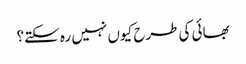
بھائی کی طرح کیوں نہیں رہ سکتے؟